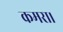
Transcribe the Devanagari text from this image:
कमरा।